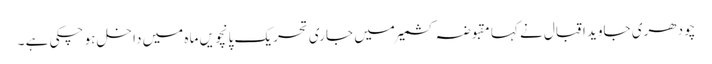
چودھری جاوید اقبال نے کہا مقبوضہ کشمیر میں جاری تحریک پانچویں ماہ میں داخل ہو چکی ہے ۔